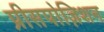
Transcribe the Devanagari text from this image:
प्रीसपोज़िशन